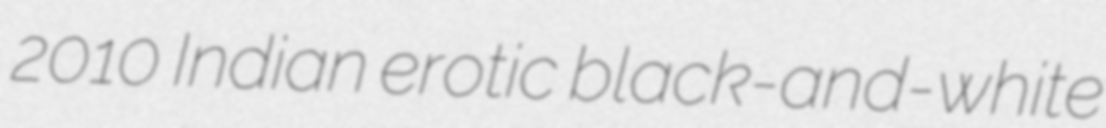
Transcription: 2010 Indian erotic black-and-white